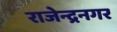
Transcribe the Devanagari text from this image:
राजेन्द्रनगर